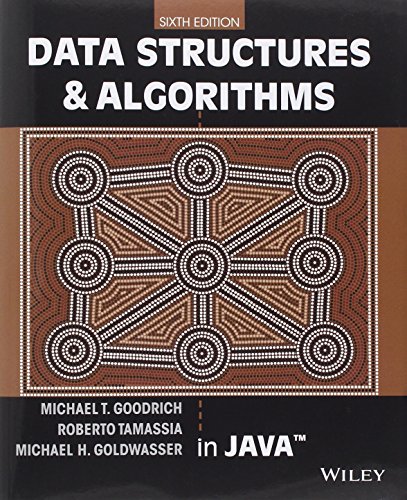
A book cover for Data Structures and Algorithms in Java; Michael T. Goodrich; Computers & Technology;